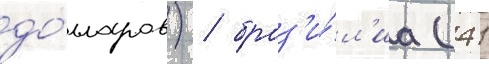
до́лларов) / браз'и́л'иа (41